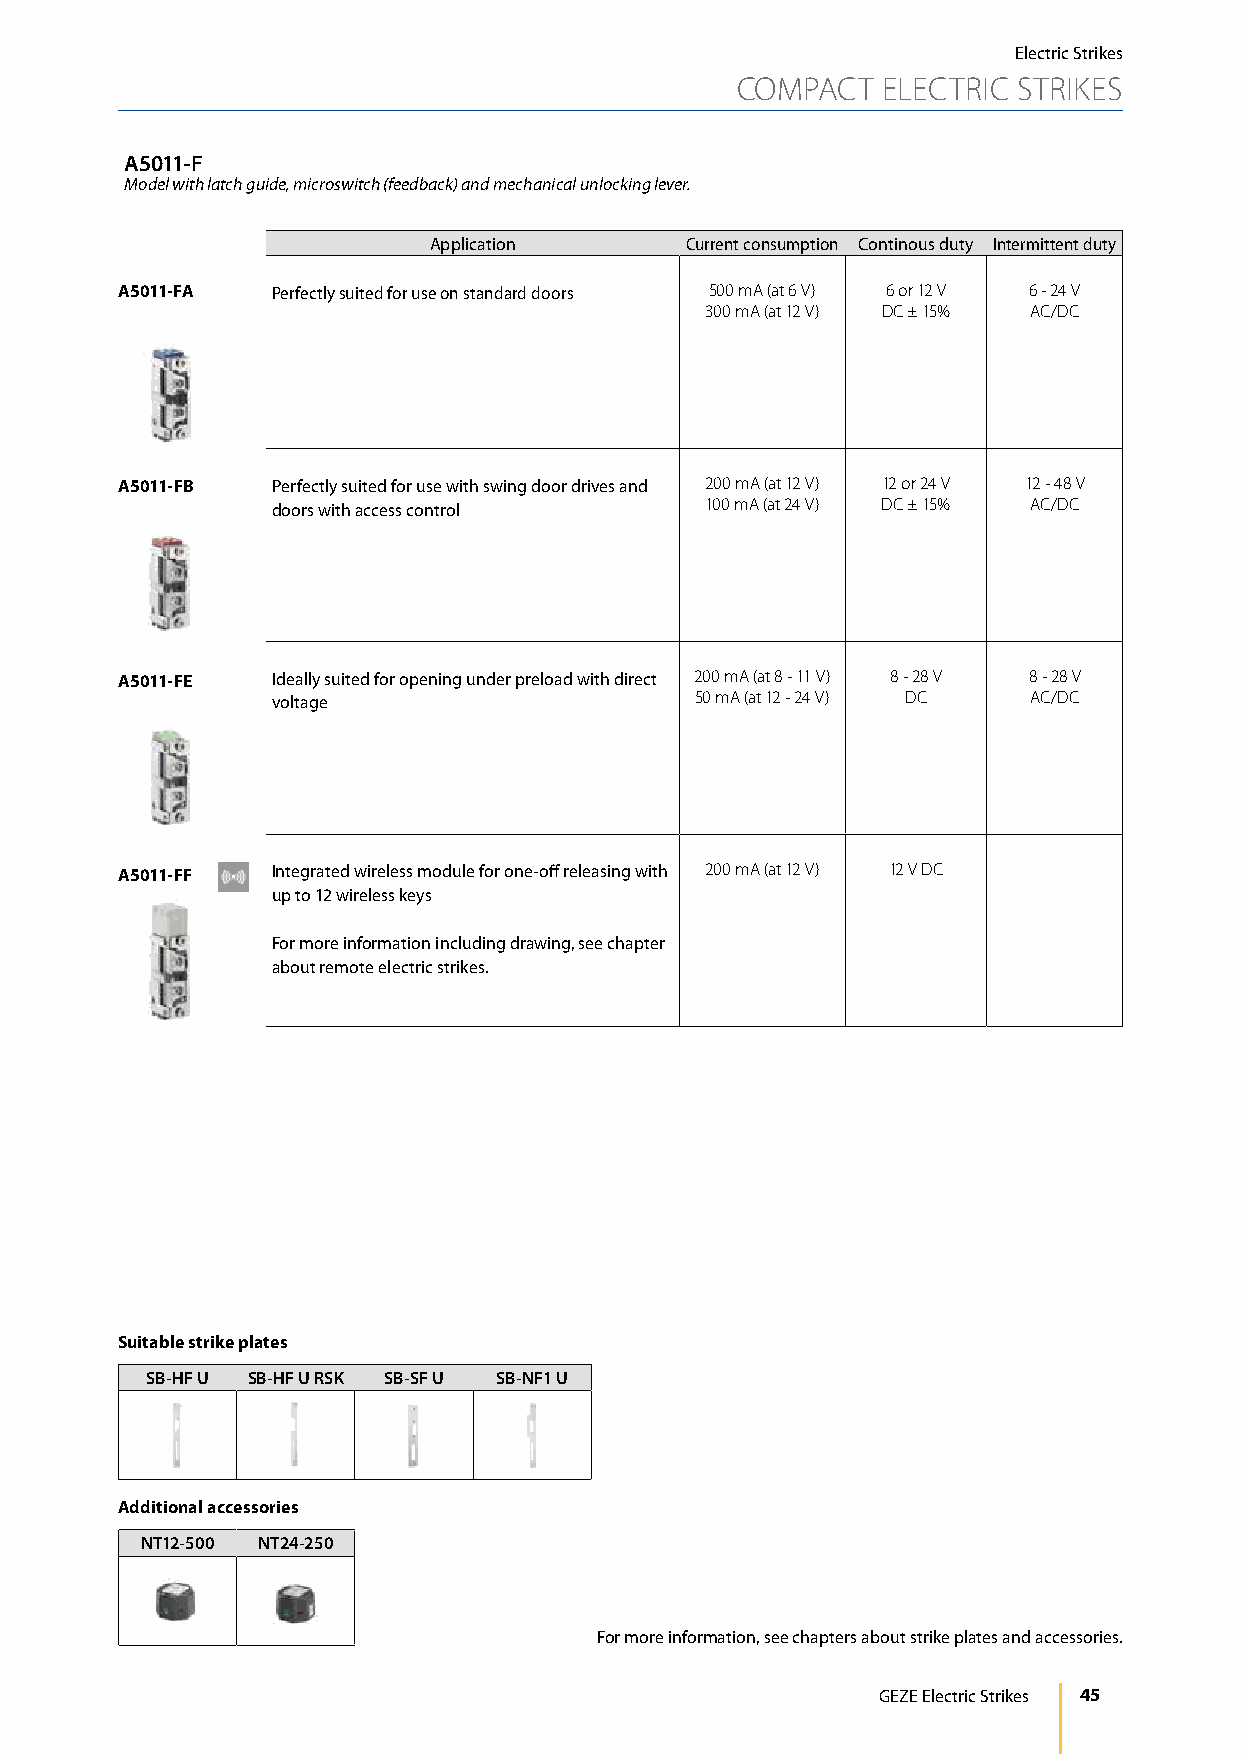
Electric Strikes
 COMPACT  ELECTRIC STRIKES
 A5011-F
 Model with latch guide, microswitch (feedback) and mechanical unlocking lever.
 Application      Current consumption Continous duty Intermittent duty
 A5011-FA  Perfectly suited for use on standard doors 500 mA (at 6 V) 6 or 12 V 6 - 24 V
 300 mA (at 12 V) DC ± 15% AC/DC
 A5011-FB  Perfectly suited for use with swing door drives and 200 mA (at 12 V) 12 or 24 V 12 - 48 V
 doors with access control    100 mA (at 24 V) DC ± 15% AC/DC
 A5011-FE  Ideally suited for opening under preload with direct 200 mA (at 8 - 11 V) 8 - 28 V 8 - 28 V
 voltage                     50 mA (at 12 - 24 V) DC AC/DC
 A5011-FF  Integrated wireless module for one-off releasing with 200 mA (at 12 V) 12 V DC
 up to 12 wireless keys
 For more information including drawing, see chapter
 about remote electric strikes.
 Suitable strike plates
 SB-HF U SB-HF U RSK SB-SF U SB-NF1 U
 Additional accessories
 NT12-500 NT24-250
 For more information, see chapters about strike plates and accessories.
 GEZE Electric Strikes 45